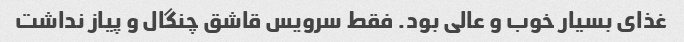
غذای بسیار خوب و عالی بود. فقط سرویس قاشق چنگال و پیاز نداشت